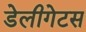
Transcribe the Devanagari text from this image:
डेलीगेटस